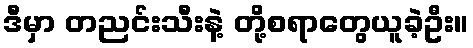
ဒီမှာ တညင်းသီးနဲ့ တို့စရာတွေယူခဲ့ဦး။